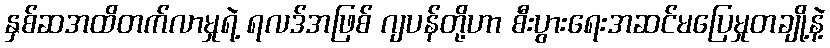
နှစ်ဆအထိတက်လာမှုရဲ့ ရလဒ်အဖြစ် ဂျပန်တို့ဟာ စီးပွားရေးအဆင်မပြေမှုတချို့နဲ့